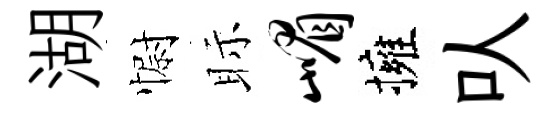
湖𢠢眎嵋擁㕥